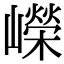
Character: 嶸